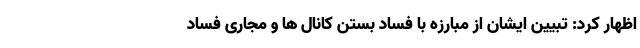
اظهار کرد: تبیین ایشان از مبارزه با فساد بستن کانال ها و مجاری فساد